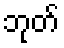
ဘုတ်